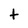
Character: t